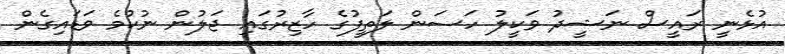
އުޅެނީ ރައީސް ނަޝީދު ވަކީލު ހަސަން ލަތީފުގެ ހާޒިރުގައި ޖަލުން ނުކުމެ ވަޑައިގެން